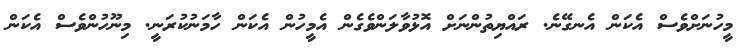
މީހުނަށްވެސް އެކަން އެނގޭނެ. ރައްޔިތުންނަށް އޮޅުވާލަންވެގެން އެމީހުން އެކަން ހާމަނުކުރަނީ. މިނޫހުންވެސް އެކަން